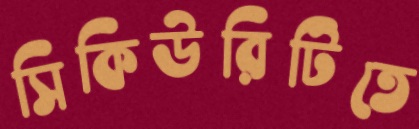
সিকিউরিটিতে